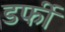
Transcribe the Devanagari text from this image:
डर्फी